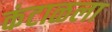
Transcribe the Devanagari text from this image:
कंटाळला